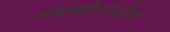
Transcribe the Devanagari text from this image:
समायोजनयोग्‍य